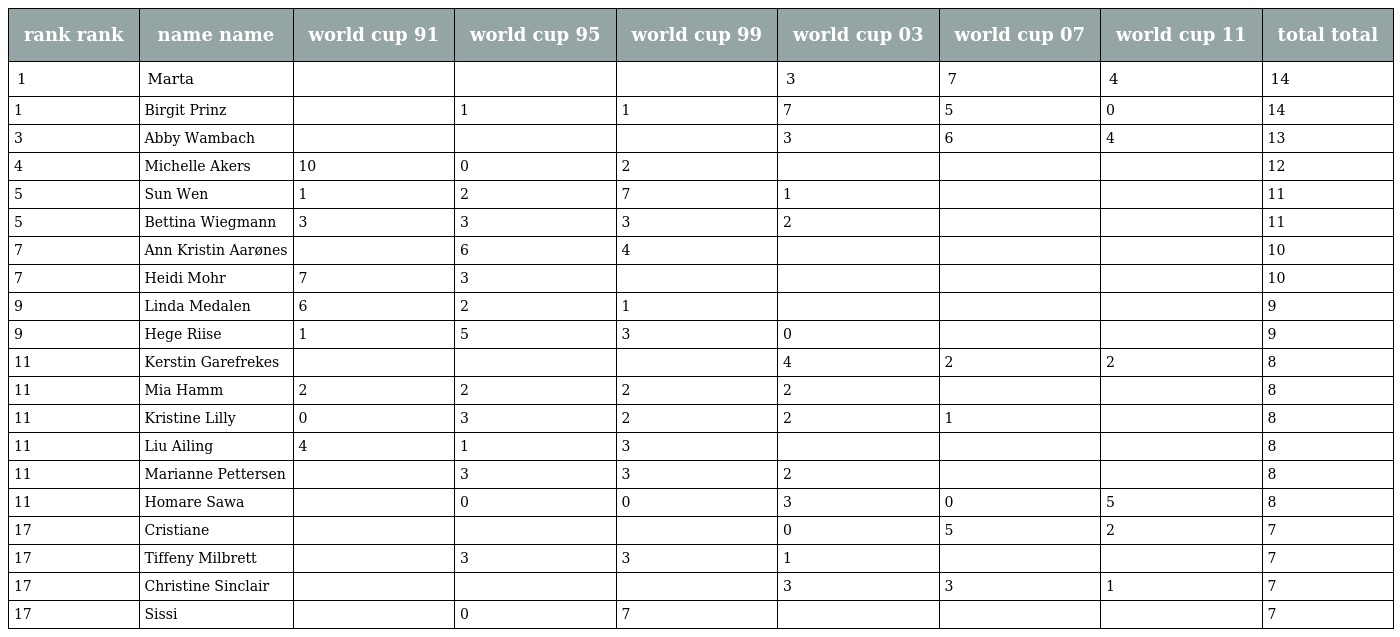
| rank rank | name name | world cup 91 | world cup 95 | world cup 99 | world cup 03 | world cup 07 | world cup 11 | total total |
 | --- | --- | --- | --- | --- | --- | --- | --- | --- |
 | 1 | Marta |  |  |  | 3 | 7 | 4 | 14 |
 | 1 | Birgit Prinz |  | 1 | 1 | 7 | 5 | 0 | 14 |
 | 3 | Abby Wambach |  |  |  | 3 | 6 | 4 | 13 |
 | 4 | Michelle Akers | 10 | 0 | 2 |  |  |  | 12 |
 | 5 | Sun Wen | 1 | 2 | 7 | 1 |  |  | 11 |
 | 5 | Bettina Wiegmann | 3 | 3 | 3 | 2 |  |  | 11 |
 | 7 | Ann Kristin Aarønes |  | 6 | 4 |  |  |  | 10 |
 | 7 | Heidi Mohr | 7 | 3 |  |  |  |  | 10 |
 | 9 | Linda Medalen | 6 | 2 | 1 |  |  |  | 9 |
 | 9 | Hege Riise | 1 | 5 | 3 | 0 |  |  | 9 |
 | 11 | Kerstin Garefrekes |  |  |  | 4 | 2 | 2 | 8 |
 | 11 | Mia Hamm | 2 | 2 | 2 | 2 |  |  | 8 |
 | 11 | Kristine Lilly | 0 | 3 | 2 | 2 | 1 |  | 8 |
 | 11 | Liu Ailing | 4 | 1 | 3 |  |  |  | 8 |
 | 11 | Marianne Pettersen |  | 3 | 3 | 2 |  |  | 8 |
 | 11 | Homare Sawa |  | 0 | 0 | 3 | 0 | 5 | 8 |
 | 17 | Cristiane |  |  |  | 0 | 5 | 2 | 7 |
 | 17 | Tiffeny Milbrett |  | 3 | 3 | 1 |  |  | 7 |
 | 17 | Christine Sinclair |  |  |  | 3 | 3 | 1 | 7 |
 | 17 | Sissi |  | 0 | 7 |  |  |  | 7 |